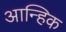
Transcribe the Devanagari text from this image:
आन्हिक